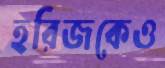
হরিজকেও